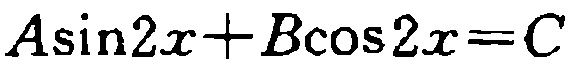
\(A\sin2x + B\cos2x = C\)